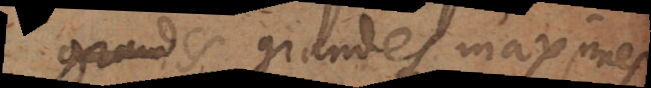
quelques grandes maximes